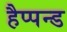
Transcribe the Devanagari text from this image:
हैप्पन्ड